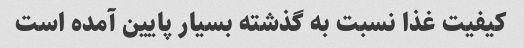
کیفیت غذا نسبت به گذشته بسیار پایین آمده است